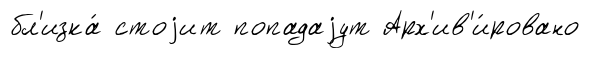
бл'изка́ стоjит попадаjут Арх'ив'и́ровано